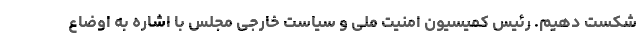
شکست دهیم. رئیس کمیسیون امنیت ملی و سیاست خارجی مجلس با اشاره به اوضاع